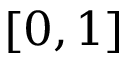
[ 0 , 1 ]